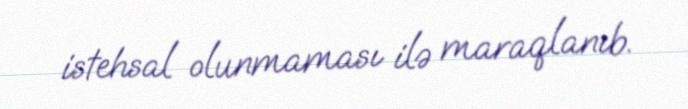
istehsal olunmaması ilə maraqlanıb.